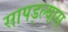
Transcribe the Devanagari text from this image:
सापड्ल्यास